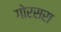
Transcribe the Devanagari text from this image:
गोरसरा